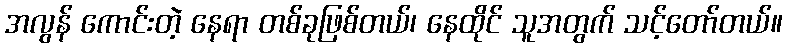
အလွန် ကောင်းတဲ့ နေရာ တစ်ခုဖြစ်တယ်၊ နေထိုင် သူအတွက် သင့်တော်တယ်။